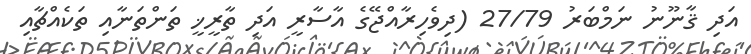
އަދި ޤާނޫނު ނަމްބަރު 27/79 (ދިވެހިރާއްޖޭގެ އާސާރީ އަދި ތާރީޚީ ތަންތަނާއި ތަކެއްޗާއި